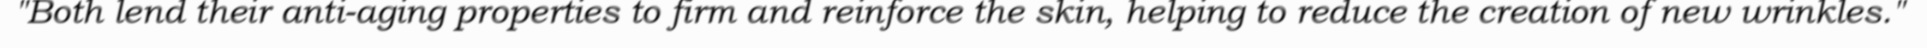
"Both lend their anti-aging properties to firm and reinforce the skin, helping to reduce the creation of new wrinkles."